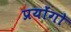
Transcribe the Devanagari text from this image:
प्रयोंगो